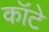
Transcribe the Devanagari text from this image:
कॉटे